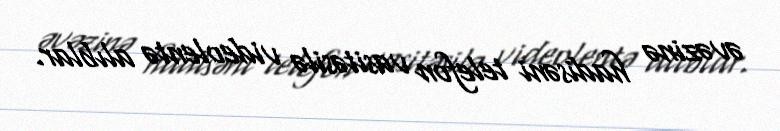
əvəzinə hadisəni telefon vasitəsilə videolentə alıblar.